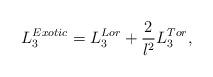
LaTeX: \begin{align*}L_{3}^{Exotic}=L_{3}^{Lor}+\frac{2}{l^{2}}L_{3}^{Tor}, \end{align*}